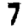
Digit: 7